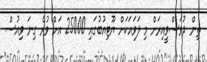
ތިން ދުވަސްވީއިރަށް މި ލަވައަކަށް ޔޫޓިއުބުގައި 25000 އަށް ވުރެ ގިނަ ވިއުސް